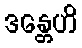
ဒန္တေဟိ